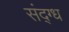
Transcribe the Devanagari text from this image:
संद्ग्ध